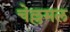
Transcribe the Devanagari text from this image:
चेल्लमल